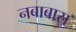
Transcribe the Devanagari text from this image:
नबाबास